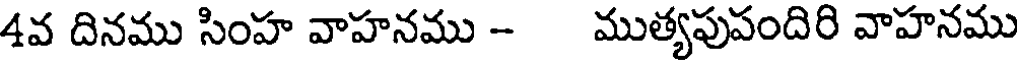
4వ దినము సింహ వాహనము - ముత్యపుపందిరి వాహనము